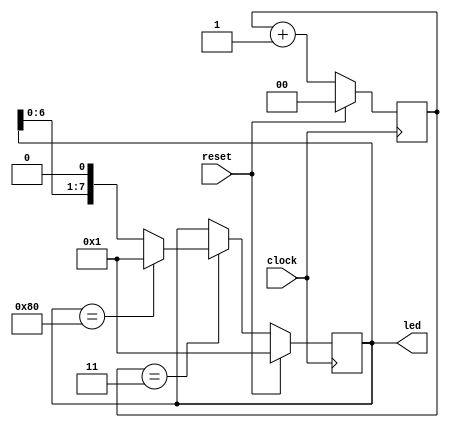
`timescale 1ns / 1ps
//////////////////////////////////////////////////////////////////////////////////
// Company: 
// Engineer: 
// 
// Design Name: 
// Module Name: flowing_light
// Project Name: 
// Target Devices: 
// Tool Versions: 
// Description: 
// 
// Dependencies: 
// 
// Revision:
// Revision 0.01 - File Created
// Additional Comments:
// 
//////////////////////////////////////////////////////////////////////////////////


module flowing_light (
//    input clock_p,
//    input clock_n,
    input clock,
    input reset,
    output [7:0] led
    );
//    reg [23:0] cnt_reg;
    reg [1:0] cnt_reg;
    reg [7:0] light_reg;

//    IBUFGDS IBUFGDS_inst (
//        .O(CLK_i),
//        .I(clock_p),
//        .IB(clock_n)
//        );

//    always @(posedge CLK_i) begin
    always @(posedge clock) begin
//        if (!reset)
        if (reset)
            cnt_reg <= 0;
        else
            cnt_reg <= cnt_reg + 1;
    end
    
//    always @(posedge CLK_i) begin
    always @(posedge clock) begin
//        if (!reset)
        if (reset)
            light_reg <= 8'h01;
//        else if (cnt_reg == 24'hffffff) begin
        else if (cnt_reg == 2'h3) begin
            if (light_reg == 8'h80)
                light_reg <= 8'h01;
            else
                light_reg <= light_reg << 1;
        end
    end

    assign led = light_reg;
endmodule